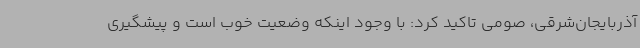
آذربایجان‌شرقی، صومی تاکید کرد: با وجود اینکه وضعیت خوب است و پیشگیری